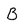
Character: B